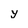
Character: y